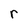
Character: r